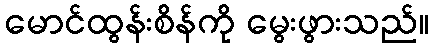
မောင်ထွန်းစိန်ကို မွေးဖွားသည်။